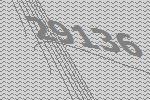
29136